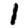
Digit: 1